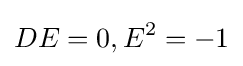
DE=0,E^{2}=-1